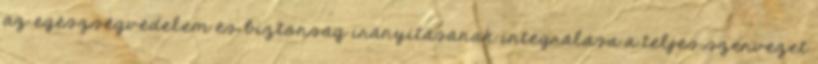
az egészségvédelem és biztonság irányításának integrálása a teljes szervezet